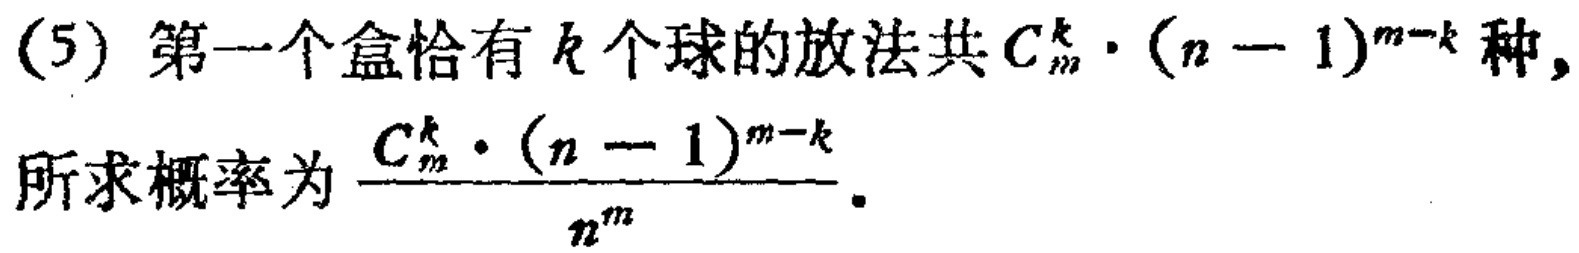
(5) 第一个盒恰有 \(k\) 个球的放法共 \(C_{m}^{k} \cdot (n - 1)^{m - k}\) 种,
所求概率为 \(\frac{C_{m}^{k} \cdot (n - 1)^{m - k}}{n^{m}}\)。